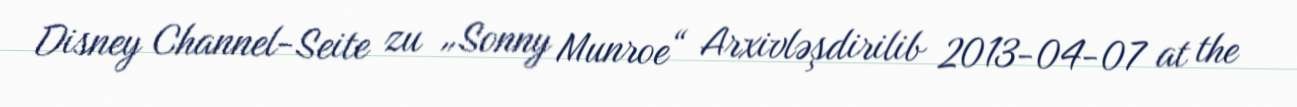
Disney Channel-Seite zu „Sonny Munroe“ Arxivləşdirilib 2013-04-07 at the